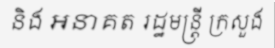
និង អនាគត រដ្ឋមន្ត្រី ក្រសួង